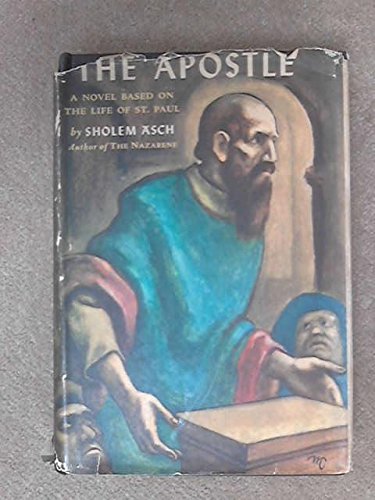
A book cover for The Apostle; Sholem Asch; Christian Books & Bibles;